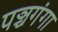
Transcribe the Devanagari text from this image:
पञ्चगंगा